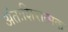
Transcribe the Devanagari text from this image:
अंतःशिरात्मक